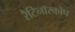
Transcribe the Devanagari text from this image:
रैटिनॉस्कोप